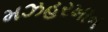
મઝહરખાન